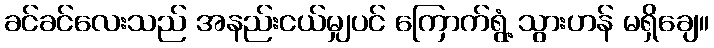
ခင်ခင်လေးသည် အနည်းငယ်မျှပင် ကြောက်ရွံ့ သွားဟန် မရှိချေ။